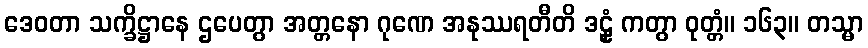
ဒေဝတာ သက္ခိဋ္ဌာနေ ဌပေတွာ အတ္တနော ဂုဏေ အနုဿရတီတိ ဒဠှံ ကတွာ ဝုတ္တံ။ ၁၆၃။ တသ္မာ